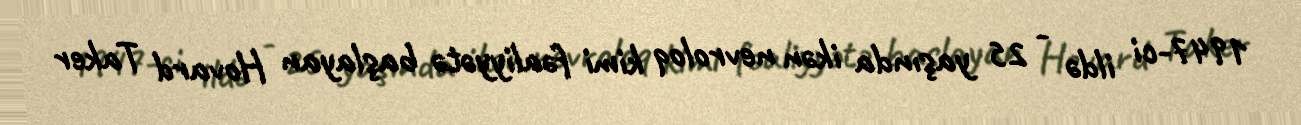
1947-ci ildə - 25 yaşında ikən nevroloq kimi fəaliyyətə başlayan Hovard Taker